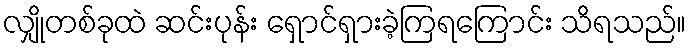
လျှိုတစ်ခုထဲ ဆင်းပုန်း ရှောင်ရှားခဲ့ကြရကြောင်း သိရသည်။